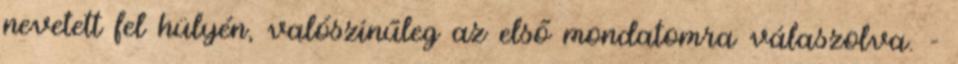
nevetett fel hülyén, valószínűleg az első mondatomra válaszolva. -